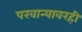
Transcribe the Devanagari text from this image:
परवान्यावरही